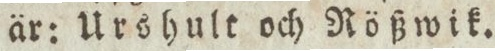
är: Urshult och Nößwik.